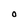
Character: O